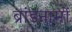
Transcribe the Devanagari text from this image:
ब्रांडनामों